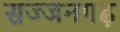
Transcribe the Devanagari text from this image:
सज्‍जनगढ़